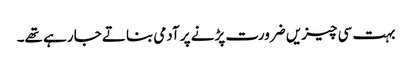
بہت سی چیزیں ضرورت پڑنے پر آدمی بناتے جا رہے تھے۔